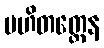
ပဟိတတ္တေန